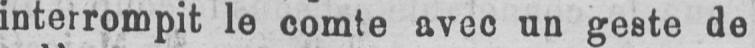
interrompit le comte avec un geste de